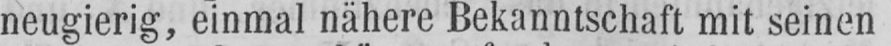
neugierig, einmal nähere Bekanntschaft mit seinen